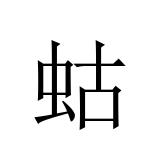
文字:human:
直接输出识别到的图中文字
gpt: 蛄